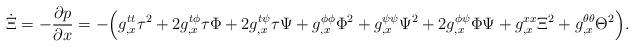
LaTeX: \begin{align*} \dot{\Xi} = - \frac{\partial p}{\partial x} = -\Bigl(g^{tt}_{,x}\tau^2 + 2g^{t\phi}_{,x}\tau \Phi + 2g^{t\psi}_{,x}\tau\Psi +g^{\phi\phi}_{,x}\Phi^2 + g^{\psi\psi}_{,x}\Psi^2 + 2g^{\phi\psi}_{,x}\Phi\Psi +g^{xx}_{,x}\Xi^2 + g^{\theta\theta}_{,x}\Theta^2\Bigr).\end{align*}